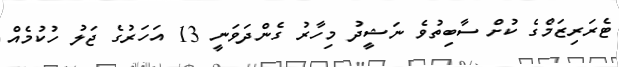
ޓެރަރިޒަމްގެ ކުށް ސާބިތުވެ ނަޝީދު މިހާރު ގެންދަވަނީ 13 އަހަރުގެ ޖަލު ހުކުމެއް